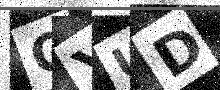
Text: QYUD